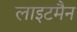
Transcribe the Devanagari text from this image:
लाइटमैन